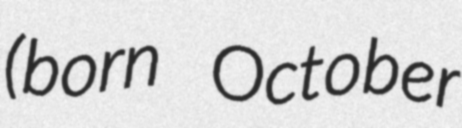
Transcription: (born October